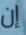
إن